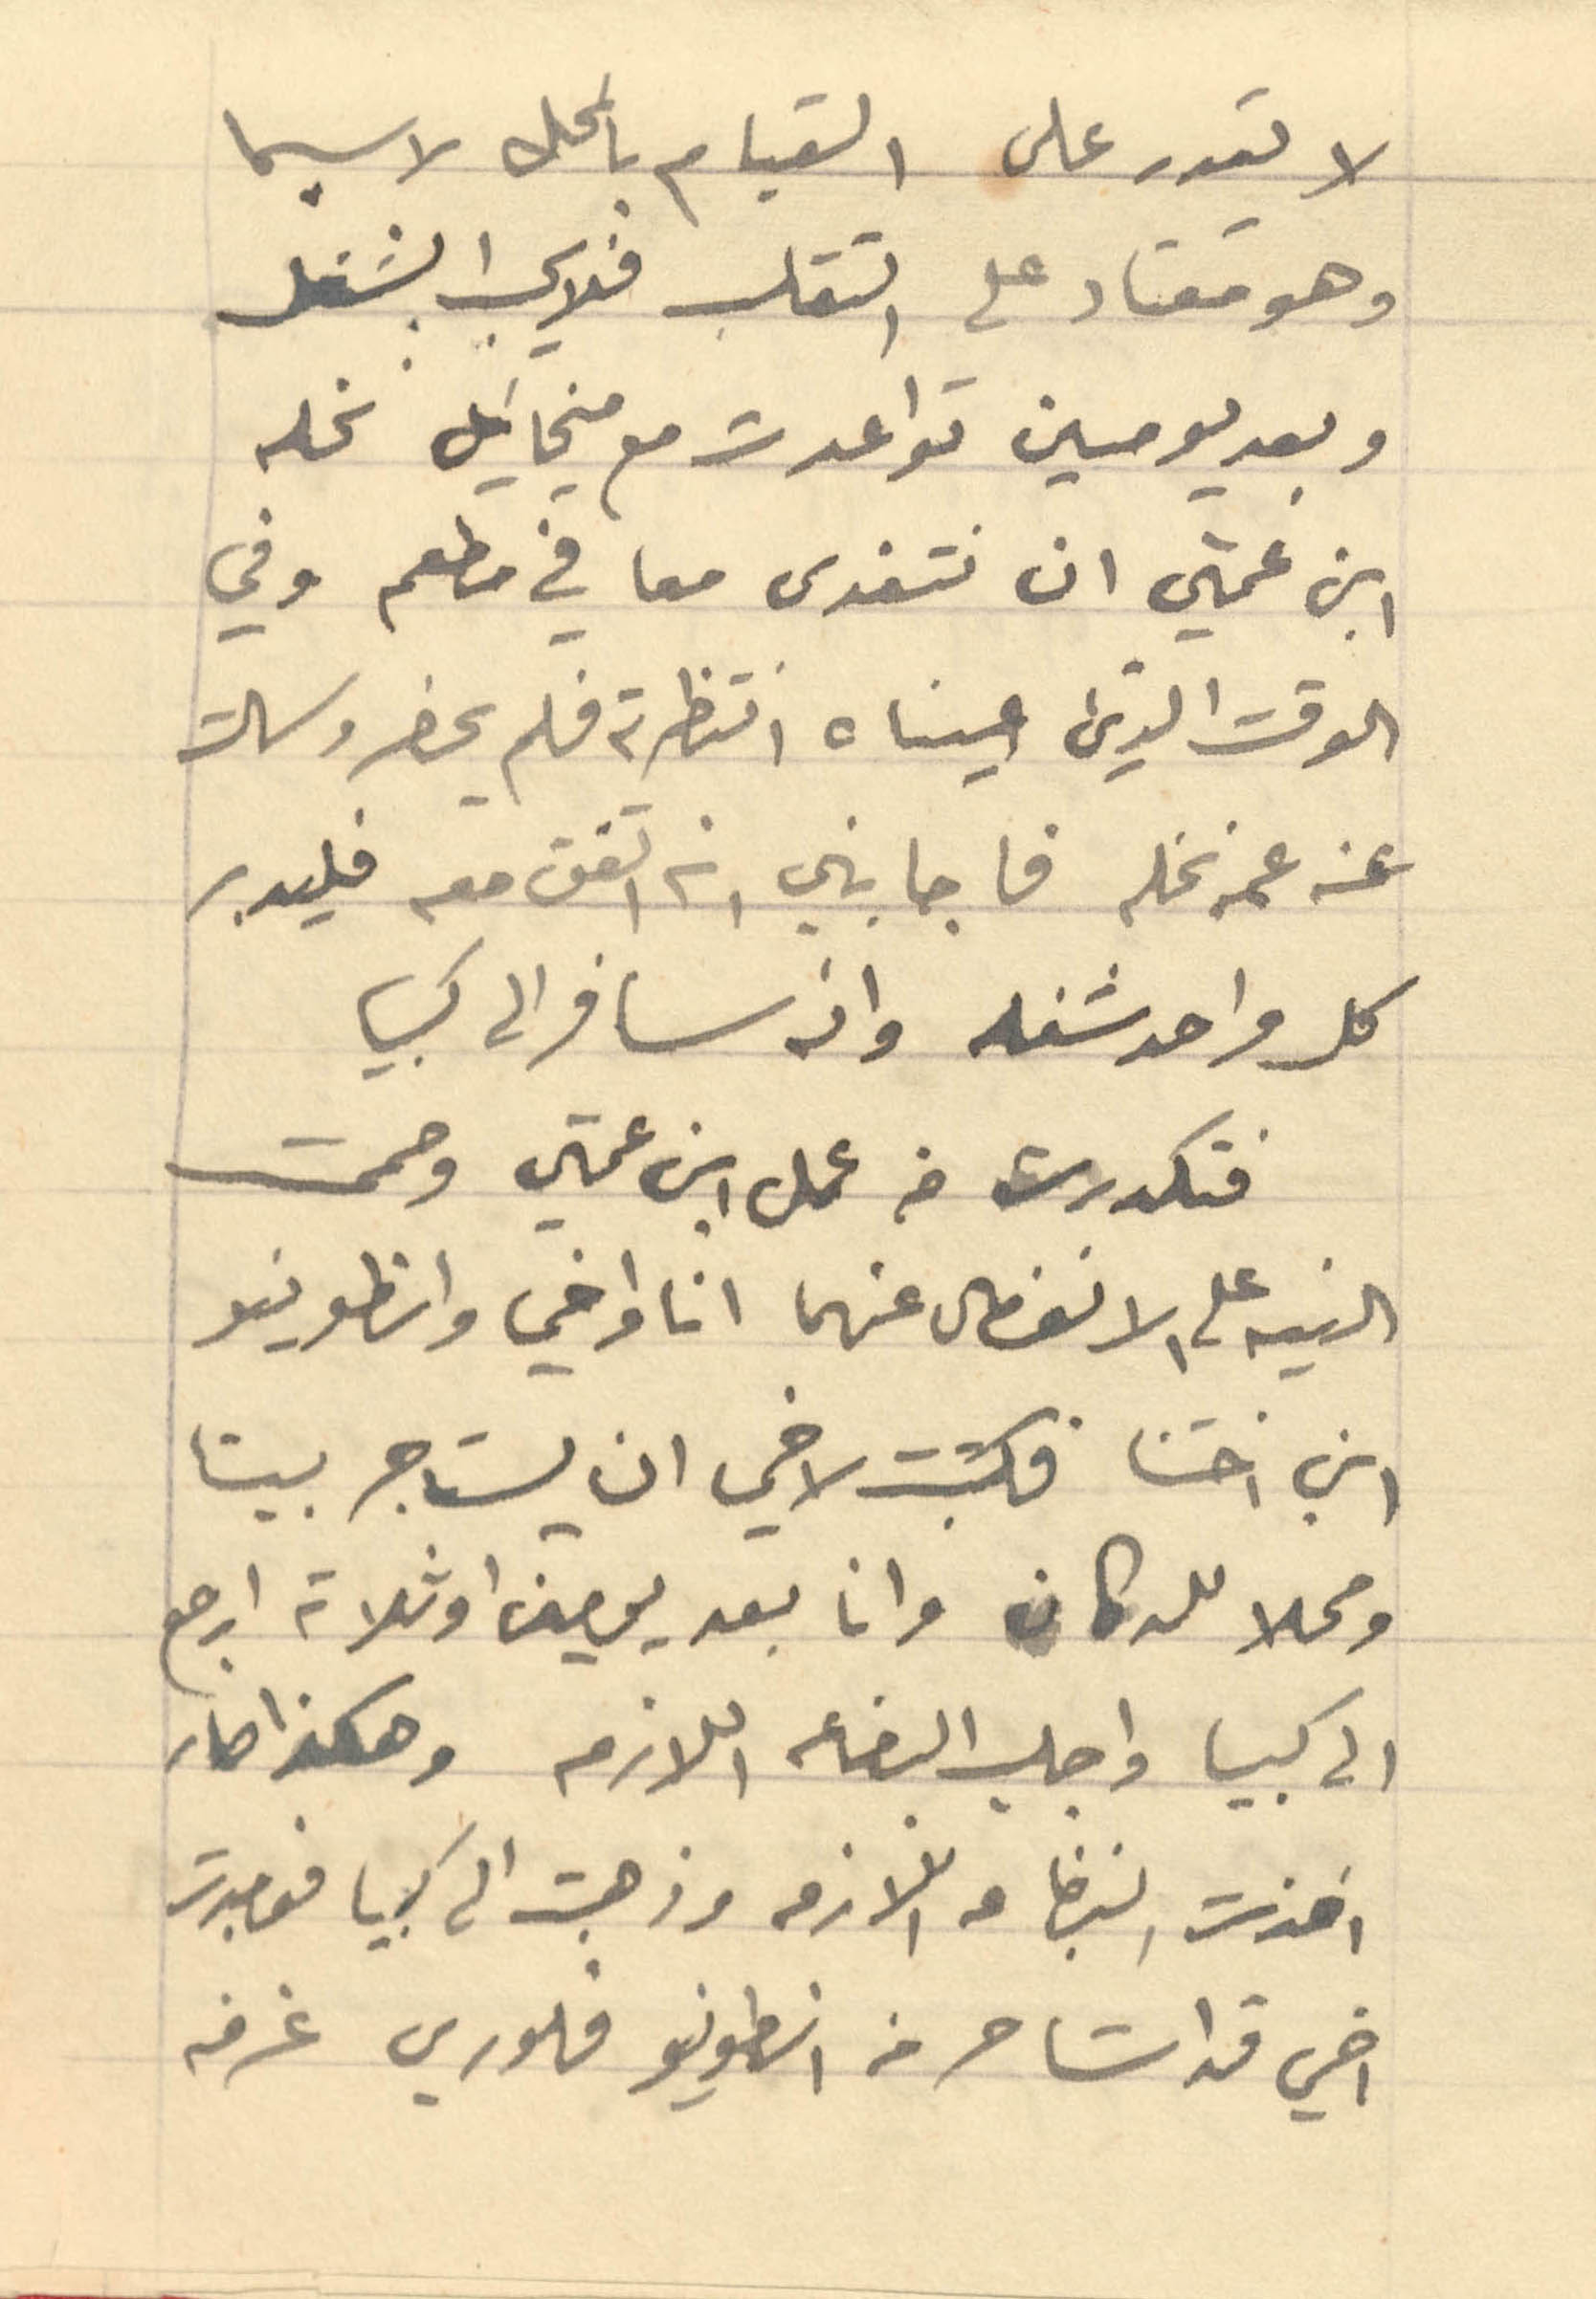
لا يقدر على القيام بالمحل لا سيما
وهو معتاد على التقلب فلا الشغل
وبعد يومين تواعدت مع ميخائيل نخله
ابن عمتي ان نتغدى معا في مطعم وفي
الوقت الذي عيناه انتظرته فلم يحضر وسالت
عنه عمه نخله فاجابني انه اتفق معه فليدبر
كل واحد شغله وإذ سافر الى كبيا
فتكدرت من عمل ابن عتي وصممت
النية على الانفصال عنهما انا واخي وانطونيو
ابن اختنا فكتبت لاخي ان يستاجر بيتا
ومحلا للدكان وانا بعد يومين او ثلاثة ارجع
الى كبيا واجلب البضاعه اللازمه وهكذا صار
اخذت البضاعه اللازمه وذهبت الى كبيا فوجدت
اخي قد استاجر من أنطونيو فلوريس غرفه